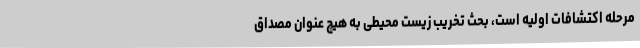
مرحله اکتشافات اولیه است، بحث تخریب زیست محیطی به هیچ عنوان مصداق